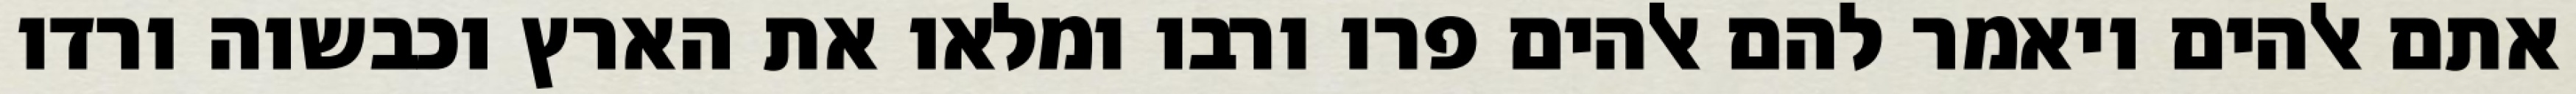
אתם אלהים ויאמר להם אלהים פרו ורבו ומלאו את הארץ וכבשוה ורדו